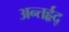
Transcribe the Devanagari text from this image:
अन्तर्हृद्‍